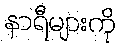
နာရီများကို